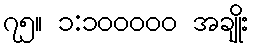
၇၅။ ၁:၁၀၀၀၀၀ အချိုး